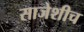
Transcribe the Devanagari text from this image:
साजेशीच